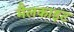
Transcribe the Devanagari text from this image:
मैलकाइट